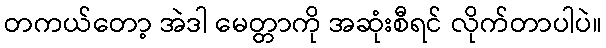
တကယ်တော့ အဲဒါ မေတ္တာကို အဆုံးစီရင် လိုက်တာပါပဲ။